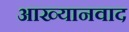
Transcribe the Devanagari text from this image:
आख्यानवाद